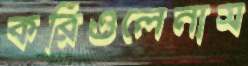
করিওলেনাস